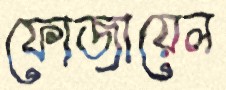
ফোজায়েল